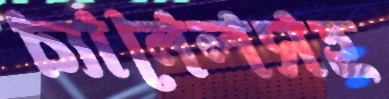
চ্যানেলসহ